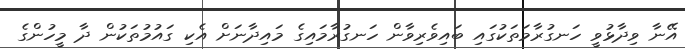
އޭނާ ވިދާޅުވީ ހަނގުރާމަތަކުގައި ބައިވެރިވާން ހަނގުރާމައިގެ މައިދާނަށް އެކި ގައުމުތަކުން ދާ މީހުންގެ